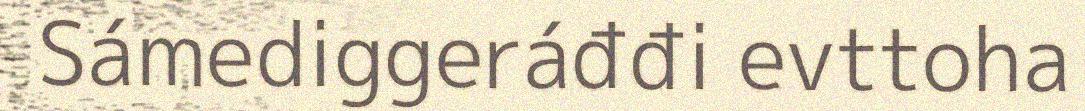
Sámediggeráđđi evttoha